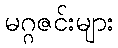
မဂ္ဂဇင်းများ